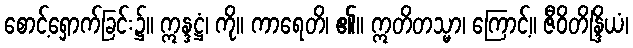
စောင့်ရှောက်ခြင်း၌။ ဣန္ဒဋ္ဌံ၊ ကို။ ကာရေတိ၊ ၏။ ဣတိတသ္မာ၊ ကြောင့်။ ဇီဝိတိန္ဒြိယံ၊